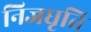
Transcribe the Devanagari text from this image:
निजधृति